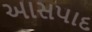
આસપાદ